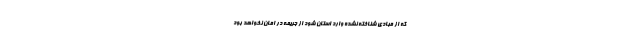
که از مبادی شناخته نشده وارد استان شود از جریمه در امان نخواهد بود